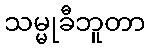
သမ္မုခီဘူတာ